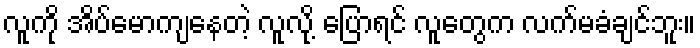
လူကို အိပ်မောကျနေတဲ့ လူလို့ ပြောရင် လူတွေက လက်မခံချင်ဘူး။